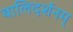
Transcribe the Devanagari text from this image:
बालिदर्शनम्